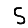
Digit: 5